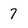
Character: 7